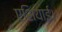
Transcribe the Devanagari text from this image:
एशियाई।